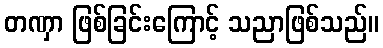
တဏှာ ဖြစ်ခြင်းကြောင့် သညာဖြစ်သည်။